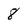
Character: 8